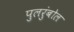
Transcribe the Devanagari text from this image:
पुलरुंबोल